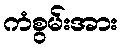
ကံစွမ်းအား